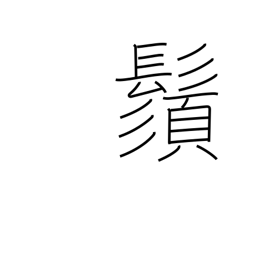
Meaning: mustache